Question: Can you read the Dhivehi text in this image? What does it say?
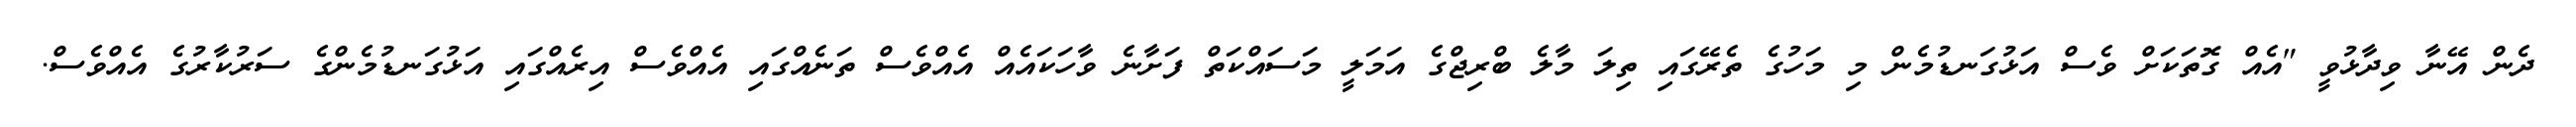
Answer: ދެން އޭނާ ވިދާޅުވީ "އެއް ގޮތަކަށް ވެސް އަޅުގަނޑުމެން މި މަހުގެ ތެރޭގައި ތިލަ މާލެ ބްރިޖްގެ އަމަލީ މަސައްކަތް ފަށާނެ ވާހަކައެއް އެއްވެސް ތަނެއްގައި އެއްވެސް އިރެއްގައި އަޅުގަނޑުމެންގެ ސަރުކާރުގެ އެއްވެސް.